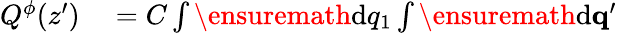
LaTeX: \begin{array}{rl}{Q^{\phi}(z^{\prime})}&{{}=C\int\ensuremath{\mathrm{d}}q_{1}\int\ensuremath{\mathrm{d}}\mathbf{q}^{\prime}\ }\end{array}